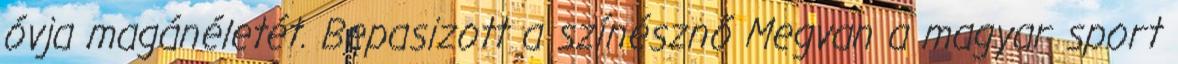
óvja magánéletét. Bepasizott a színésznő Megvan a magyar sport